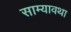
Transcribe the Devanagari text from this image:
साम्यावथा